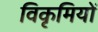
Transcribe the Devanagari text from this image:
विकृमियों